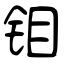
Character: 钼